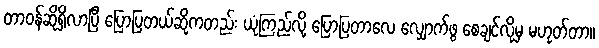
တာဝန်ဆိုရှိလာပြီ ပြောပြတယ်ဆိုကတည်း ယုံကြည်လို့ ပြောပြတာလေ လျှောက်ဖွ စေချင်လို့မှ မဟုတ်တာ။